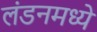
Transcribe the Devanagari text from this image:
लंडनमध्यें